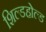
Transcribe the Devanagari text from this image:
शिल्डहोल्ड